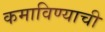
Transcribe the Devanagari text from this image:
कमाविण्याची